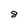
Character: 8